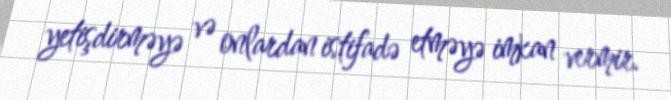
yetişdirməyə və onlardan istifadə etməyə imkan vermir.